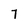
Character: 7